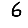
Digit: 6